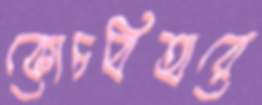
কোচবিহারে